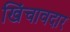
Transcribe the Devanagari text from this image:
खिंचावदार